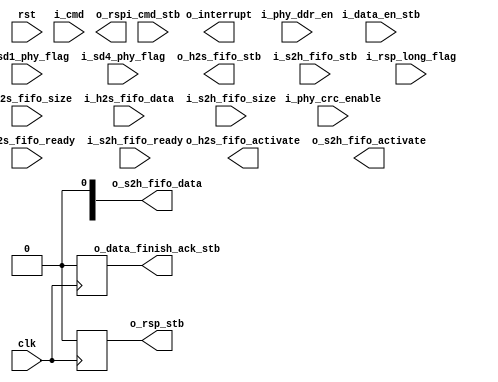
module sd_host_phy (
  input                     clk,
  input                     rst,

  //Coniguration
  input                     i_phy_crc_enable,
  input                     i_phy_ddr_en,
  input                     i_sd1_phy_flag,
  input                     i_sd4_phy_flag,

  //Command/Response Interface
  input                     i_cmd_stb,
  input       [39:0]        i_cmd,

  input                     i_rsp_long_flag,
  output  reg               o_rsp_stb,
  output      [135:0]       o_rsp,

  //Data
  input                     i_data_en_stb,
  output  reg               o_data_finish_ack_stb,

  //Data From Host to SD Interface
  input                     i_h2s_fifo_ready,
  output                    o_h2s_fifo_activate,
  input       [23:0]        i_h2s_fifo_size,
  output                    o_h2s_fifo_stb,
  input       [31:0]        i_h2s_fifo_data,

  //Data From SD to Host Interface
  input       [1:0]         i_s2h_fifo_ready,
  output      [1:0]         o_s2h_fifo_activate,
  input       [23:0]        i_s2h_fifo_size,
  input                     i_s2h_fifo_stb,
  output      [31:0]        o_s2h_fifo_data,

  output                    o_interrupt

);
//local parameters
localparam    IDLE              = 4'h0;
localparam    SEND_COMMAND      = 4'h1;
localparam    CMD_RESPONSE      = 4'h2;

localparam    SEND_DATA         = 4'h1;
localparam    READ_DATA         = 4'h2;

//registes/wires
reg           [3:0]         cmd_state;
reg           [3:0]         data_state;
//submodules
//asynchronous logic
//synchronous logic
always @ (posedge clk) begin
  //De-assert Strobes
  o_rsp_stb                 <=  1'b0;
  if (rst) begin
    cmd_state               <=  IDLE;
  end
  else begin
    case (cmd_state)
      IDLE: begin
        if (i_cmd_stb) begin
        end
      end
      SEND_COMMAND: begin
      end
      CMD_RESPONSE: begin
      end
      default: begin
      end
    endcase
  end
end

always @ (posedge clk) begin
  o_data_finish_ack_stb     <=  1'b0;
  if (rst) begin
    data_state              <=  IDLE;
  end
  else begin
    case (data_state)
      IDLE: begin
        if (i_data_stb) begin
          //
        end
      end
      SEND_DATA: begin
      end
      READ_DATA: begin
      end
      default: begin
      end
    endcase
  end
end

endmodule